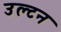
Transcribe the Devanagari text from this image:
उल्टन